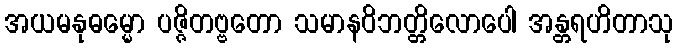
အယမနုဓမ္မော ပဇ္ဇိတဗ္ဗတော သမာနဝိဘတ္တိလောပေါ အန္တရဟိတာသု